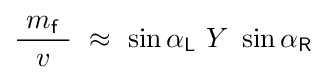
{\frac {\ m_{\mathsf {f}}\ }{v}}~\approx ~\sin \alpha _{\mathsf {L}}~Y~\sin \alpha _{\mathsf {R}}\